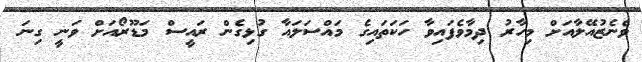
ވެނެޒުއޭލާއަށް މިހާރު ދިމާވެފައިވާ ހަކަތައިގެ މައްސަލައާ ގުޅިގެން ރައީސް މަޑޫރޯއަށް ވަނީ ގިނަ